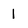
Character: 1